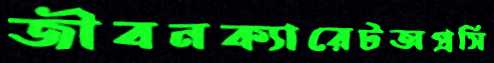
জীবনক্যারেটঅপ্রসি